Vaccination in the Punjab 1867-1880 - 1867-1880
Year: 1867
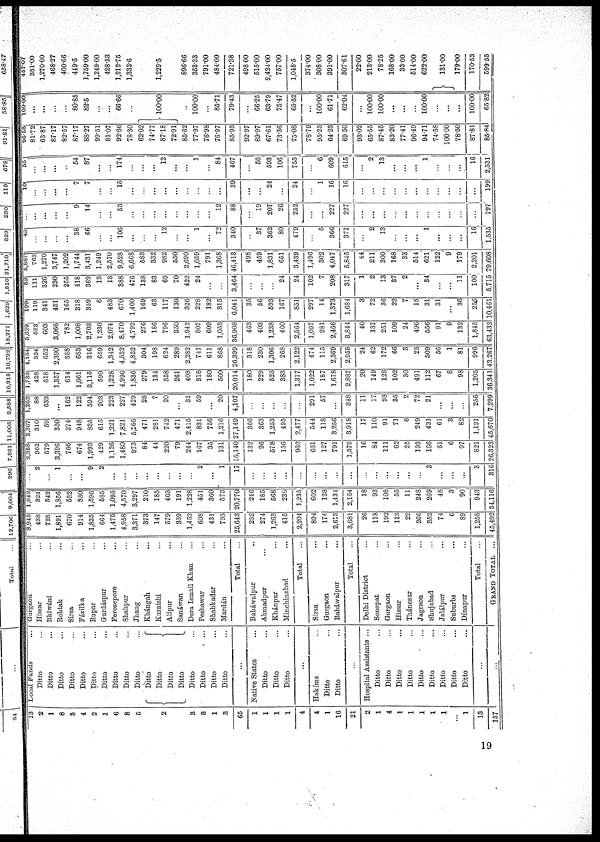
13
2
1
8
3
4
2
1
6
8
5
2
3
3
1
3
65
1
1
1
1
4
4
1
16
21
2
1
4
1
1
1
1
1
...
1
13
137
Local Funds ...
Ditto ...
Ditto ...
Ditto ...
Ditto ...
Ditto ...
Ditto ...
Ditto ...
Ditto ...
Ditto ...
Ditto ...
Ditto ...
Ditto ...
Ditto ...
Ditto ...
Ditto ...
Ditto ...
Ditto ...
Ditto ...
...
Native States ...
Ditto ...
Ditto ...
Ditto ...
...
Hakíms ...
Ditto ...
Ditto ...
...
Hospital Assistants ...
Ditto ...
Ditto ...
Ditto ...
Ditto ...
Ditto ...
Ditto ...
Ditto ...
Ditto ...
Ditto ...
...
...
Gurgaon ...
Hissar ...
Bhiwáni ...
Rohtak ...
Sirsa ...
Fázilka ...
Rupar ...
Gurdáspur ...
Ferozepore ...
Shahpur ...
Jhang ...
Khángah ...
Kuraishi ...
Alipur ...
Sanáwan ...
Dera Ismail Khan ...
Peshawar ...
Shabkadar ...
Mardán ...
Total ...
Bakáwalpur ...
Ahmadpur ...
Khánpur ...
Minchinabad ...
Total ...
Sirsa ...
Gurgaon ...
Baháwalpur ...
Total ...
Delhi District ...
Sonepat ...
Gurgaon ...
Hissar ...
Thánesar ...
Jagraon ...
Shujabad ...
Jalálpur ...
Suburbs ...
Dínapur ...
Total ...
GRAND TOTAL ...
3,945
438
728
1,891
670
914
1,835
664
1,475
4,958
3,371
373
147
579
359
1,462
608
431
795
25,643
252
274
1,263
415
2,204
894
174
2,613
3,681
26
118
192
113
22
266
352
74
6
89
1,258
45,492
1,942
324
542
1,856
532
830
1,596
585
1,095
4,570
3,297
210
185
403
191
1,228
451
360
573
20,770
246
185
568
236
1,235
602
128
1,434
2,164
18
93
108
55
11
248
269
48
3
90
943
34,116
...
2
...
1
...
...
9
2
...
...
...
...
...
...
...
...
2
...
1
17
...
...
...
...
...
...
...
...
...
...
...
...
...
...
...
3
...
...
...
3
316
2,358
362
579
3,396
766
674
1,993
429
1,126
1,480
973
84
44
220
79
244
167
35
131
15,140
132
96
578
156
962
661
127
791
1,579
16
84
111
62
25
193
166
61
6
97
821
26,323
2,267
310
59
350
274
948
835
615
1,221
7,821
5,266
471
281
742
471
2,415
831
756
1,216
27,149
366
363
1,253
495
2,477
544
118
3,256
3,918
17
110
91
71
6
249
431
61
3
82
1,121
45,670
1,262
88
632
...
162
122
594
203
223
227
429
28
7
20
...
31
59
...
20
4,107
...
...
...
...
...
291
57
...
348
11
17
98
35
2
72
21
...
...
...
256
7,299
1 ,733
428
618
1,357
614
1,061
3,115
590
1,228
4,996
1,836
279
134
358
261
408
318
180
500
20,014
180
229
525
383
1,317
1,022
187
1,678
2,887
20
149
128
102
30
491
112
67
8
98
1,205
36,341
4,154
334
652
2,390
588
683
316
659
1,342
4,532
4,832
304
198
624
289
2,282
741
611
868
26,399
318
230
1,306
268
2,122
474
115
2,369
2,958
24
62
172
66
3
23
509
55
1
81
996
43,267
5,629
532
603
3,066
782
1,008
2,703
1,230
2,074
8,470
4,792
276
186
796
350
1,942
807
609
1,053
36,908
463
403
1,238
460
2,564
1,097
281
2,466
3,844
40
137
251
109
24
496
556
91
9
132
1,845
63,432
199
119
341
451
165
318
359
6
483
670
1,400
169
63
117
130
326
228
182
315
6,041
35
56
593
167
851
297
14
1,373
1,684
3
72
36
22
7
18
31
31
...
36
256
10,461
59
111
326
230
255
418
369
13
13
388
476
138
83
69
70
422
24
...
...
3,464
...
...
...
24
24
102
7
208
317
1
2
13
37
2
...
34
...
...
11
100
5,715
5,887
762
1,270
3,747
1,202
1,744
3,431
1,249
2,570
9,528
6,668
583
332
982
550
2,690
1,059
791
1,368
46,413
498
459
1,831
651
3,439
1,496,
302
4,047
5,845
44
211
300
168
33
514
621
122
9
179
2,201
79,608
45
...
...
...
...
38
66
...
...
106
...
...
...
12
...
...
1
...
72
340
...
37
362
80
479
...
5
366
371
...
2
13
...
...
...
1
...
...
...
...
1,535
...
...
...
...
...
9
14
...
...
53
...
...
...
...
...
...
...
...
12
88
...
19
207
26
252
...
...
227
227
...
...
...
...
...
...
...
...
...
...
...
797
10
...
...
...
...
7
7
...
...
15
...
...
...
...
...
...
...
...
...
39
...
...
24
...
24
...
1
16
16
...
...
...
...
...
...
...
...
...
...
...
199
55
...
...
...
...
54
87
...
...
174
...
...
...
12
...
...
1
...
84
467
...
56
593
106
755
...
6
609
615
...
2
13
...
...
...
1
...
...
...
16
2,531
96.58
81.72
63.87
87.17
82.57
87.17
88.27
99.51
81.07
92.66
78.30
62.02
74.77
87.18
72.91
85.62
77.97
76.98
76.97
85.93
92.97
89.97
67.61
73.36
75.08
78.79
95.25
64.23
69.50
93.02
65.55
87.45
83.20
77.41
96.49
94.71
74.58
100.00
78.50
87.81
85.84
100.00
...
...
...
...
80.85
82.5
...
...
66.66
...
100.00
...
100.00
...
85.71
79.43
...
66.25
63.79
75.47
65.52
...
100.00
61.71
62.04
...
100.00
100.00
...
...
...
100.00
...
...
...
100.00
65.82
457.07
381.00
1,270.00
468.27
400.66
449.5
1,759.00
1,249.00
428.33
1,212.75
1,333.6
...
...
1,229.5
...
896.66
353.33
791.00
484.00
721.38
498.00
515.00
2,424.00
757.00
1,048.5
374.00
308.00
391.00
307.61
22.00
213.00
78.25
168.00
33.00
514.00
622.00
131.00
179.00
170.53
599.55
19